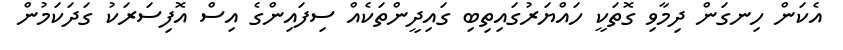
އެކަން ހިނގަން ދިމާވި ގޮތަކީ ހައްޔަރުގައިތިބި ގައިދީންތަކެއް ސިފައިންގެ އިސް އޮފިސަރަކު ގަދަކަމުން